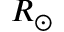
R _ { \odot }